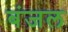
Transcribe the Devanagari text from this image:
बंजल